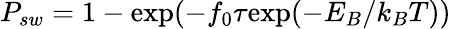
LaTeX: P_{sw}=1-\mathrm{exp}(-f_{0}\tau\mathrm{exp}(-E_{B}/k_{B}T))